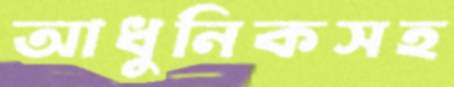
আধুনিকসহ